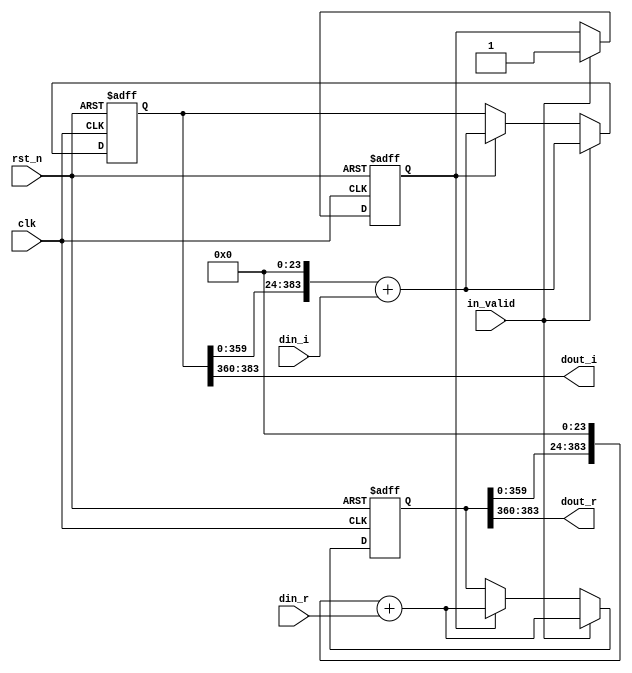
module shift_16(
input clk,
input rst_n,
input in_valid,
input signed [23:0] din_r,
input signed [23:0] din_i,
output signed [23:0] dout_r,
output signed [23:0] dout_i
);
integer i ;
reg [383:0] shift_reg_r ;
reg [383:0] shift_reg_i ;
reg [383:0] tmp_reg_r ;
reg [383:0] tmp_reg_i ;
reg [5:0] counter_16,next_counter_16;
reg valid,next_valid;

assign dout_r    = shift_reg_r[383:360];
assign dout_i    = shift_reg_i[383:360];

always@(*)begin
    next_counter_16 = counter_16 + 5'd1;
    tmp_reg_r = shift_reg_r;
    tmp_reg_i = shift_reg_i;
    next_valid = valid;
end

always@(posedge clk or negedge rst_n)begin
    if(~rst_n)begin
        shift_reg_r <= 0;
        shift_reg_i <= 0;
        counter_16  <= 0;
        valid       <= 0;
    end
    else 
    if (in_valid)begin
        counter_16       <= next_counter_16;
        shift_reg_r      <= (tmp_reg_r<<24) + din_r;
        shift_reg_i      <= (tmp_reg_i<<24) + din_i;
        valid            <= in_valid;
    end
    else if (valid)begin
        counter_16       <= next_counter_16;
        shift_reg_r      <= (tmp_reg_r<<24) + din_r;
        shift_reg_i      <= (tmp_reg_i<<24) + din_i;
        valid            <= next_valid;
    end
end

endmodule